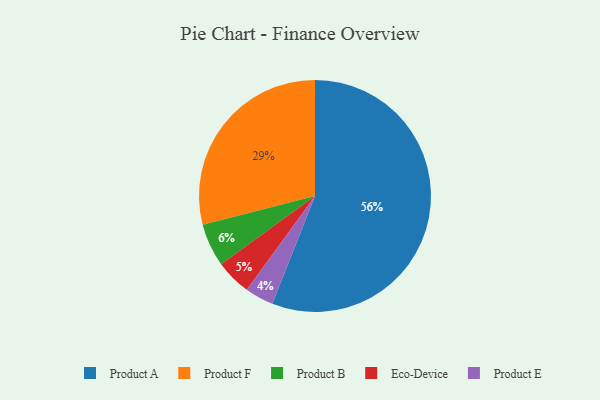
{"axis": {"x": "Category", "y": "Percentage"}, "legend": ["Eco-Device", "Product A", "Product B", "Product E", "Product F"], "data": [{"x": "Eco-Device", "y": 5, "type": "Eco-Device"}, {"x": "Product E", "y": 4, "type": "Product E"}, {"x": "Product F", "y": 29, "type": "Product F"}, {"x": "Product B", "y": 6, "type": "Product B"}, {"x": "Product A", "y": 56, "type": "Product A"}]}